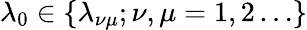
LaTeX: \lambda_{0}\in\{ \lambda_{\nu\mu};\nu,\mu=1,2\ldots\}